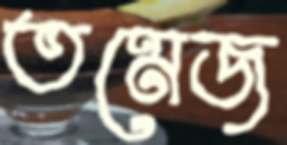
তমেজ